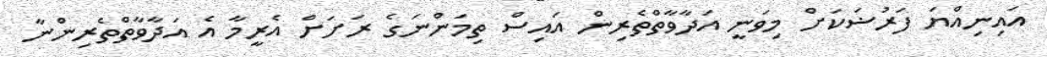
އައިނިއްޔަ ފަރުޟަކަށް މިވަނީ އަދާވާތްތެރިން އައިސް ތިމަންނަގެ ރަށަށް އެރީމާ އެ އަދާވާތްތެރިންނާ